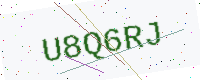
Text: U8Q6RJ